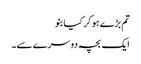
تم بڑے ہو کر کیا بنو
ایک بچہ دوسرے سے۔